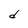
Character: d